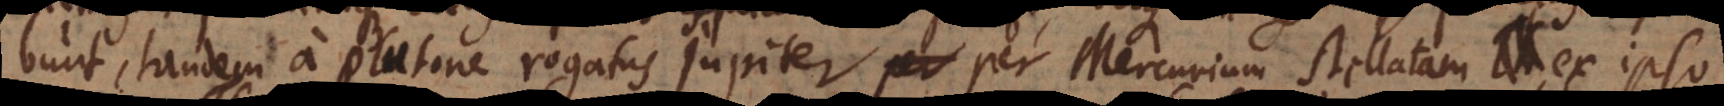
bunt, tandem a Plutone rogatus Jupiter per Mercurium stellatam ex ipso